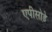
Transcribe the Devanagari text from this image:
एपीसोड़े